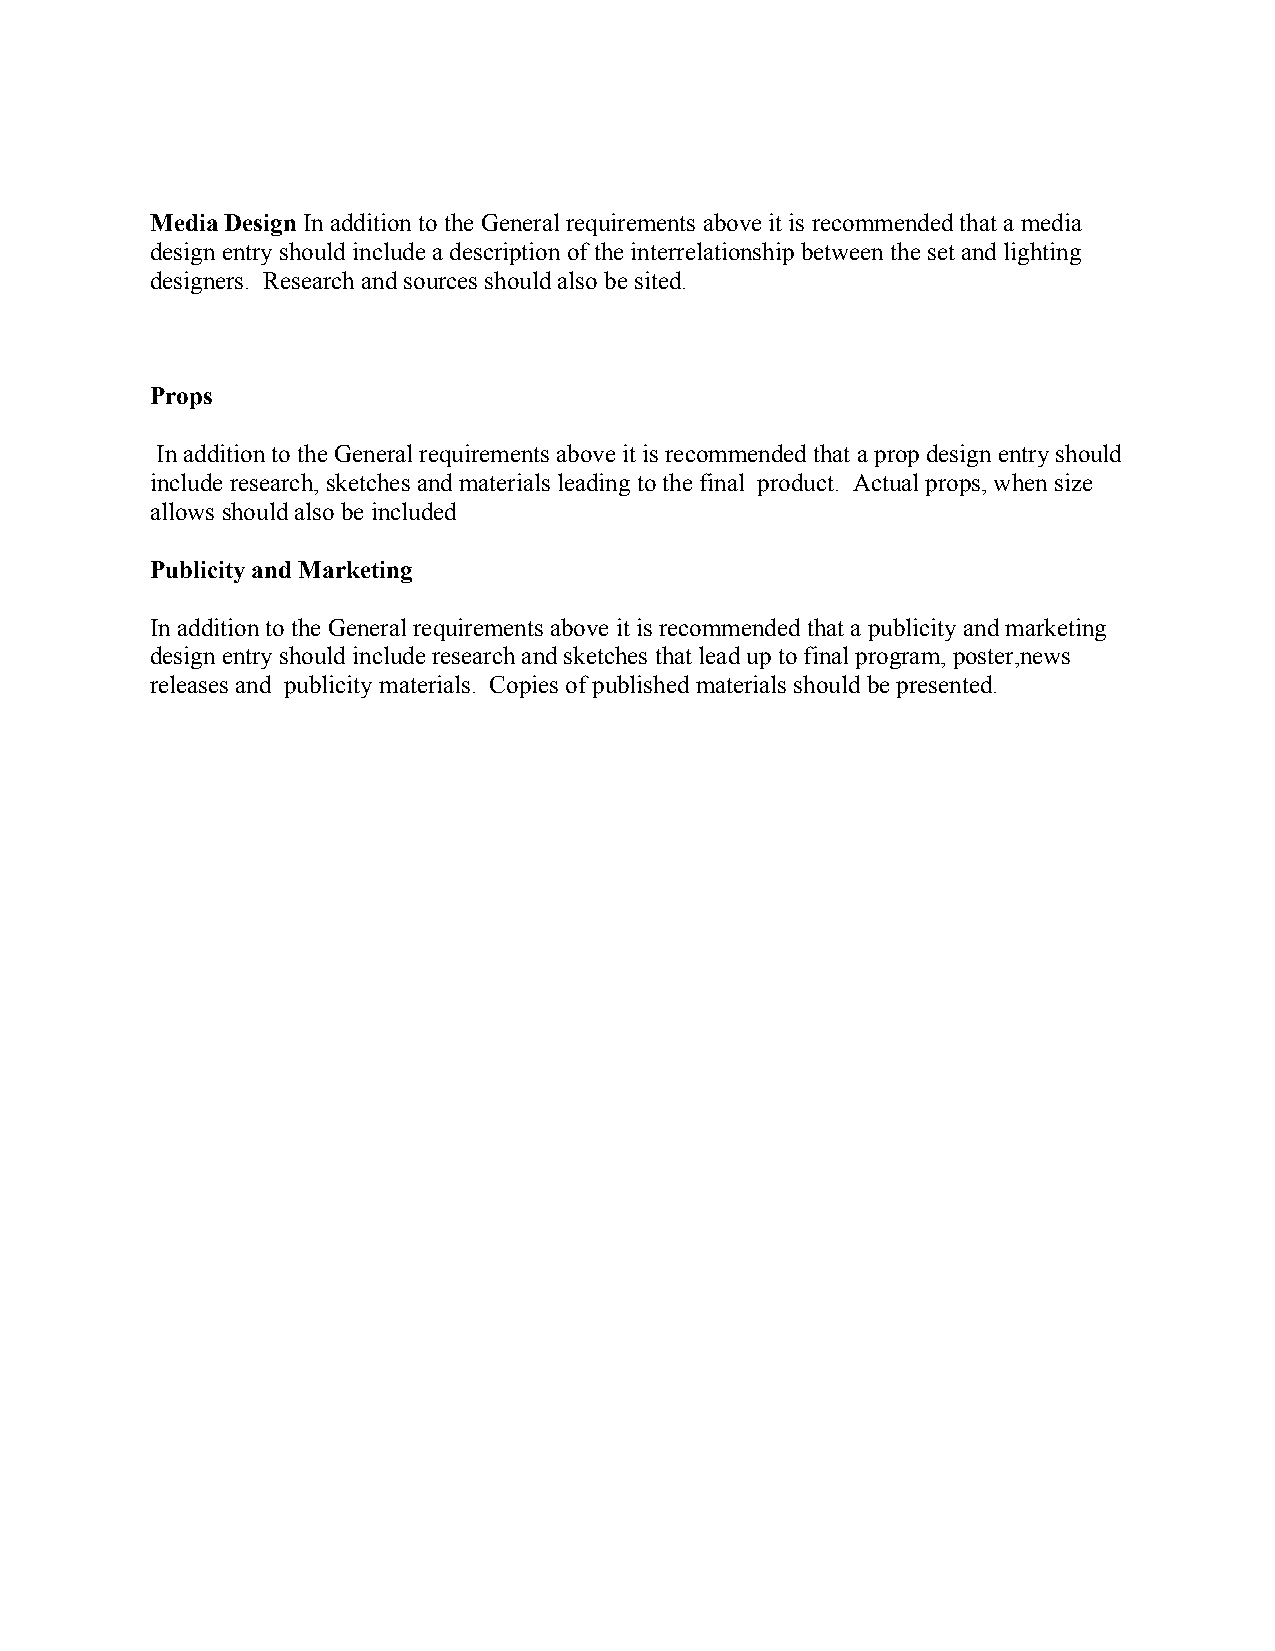
Media Design In addition to the General requirements above it is recommended that a media
 design entry should include a description of the interrelationship between the set and lighting
 designers. Research and sources should also be sited.
 Props
 In addition to the General requirements above it is recommended that a prop design entry should
 include research, sketches and materials leading to the final product. Actual props, when size
 allows should also be included
 Publicity and Marketing
 In addition to the General requirements above it is recommended that a publicity and marketing
 design entry should include research and sketches that lead up to final program, poster,news
 releases and publicity materials. Copies of published materials should be presented.